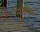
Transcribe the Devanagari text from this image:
सिलैबिक